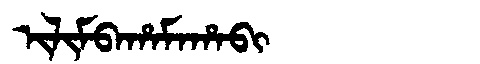
Manchu: ᡳᠯᡳᠮᠪᠠᡥᠠᠮᠠᡥᠠᠪᡳ
Romanization: ILIMBAHAMAHABI